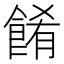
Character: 餚